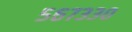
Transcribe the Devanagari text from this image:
५६७३३०